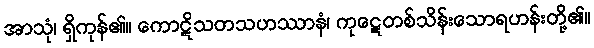
အာသုံ၊ ရှိကုန်၏။ ကောဋိသတသဟဿာနံ၊ ကုဋေတစ်သိန်းသောရဟန်းတို့၏။